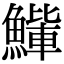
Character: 𫙰